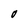
Character: O